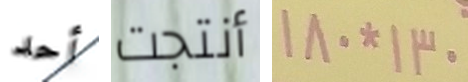
أحد أنتجت 130*180